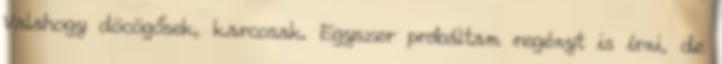
Valahogy döcögősek, karcosak. Egyszer próbáltam regényt is írni, de